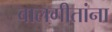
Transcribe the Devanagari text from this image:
बालगीतांना